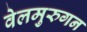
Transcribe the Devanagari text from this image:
वेलमुरुगन